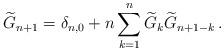
LaTeX: \begin{align*}\widetilde{G}_{n+1}=\delta_{n,0}+n\sum_{k=1}^n\widetilde{G}_{k}\widetilde{G}_{n+1-k}\,.\end{align*}